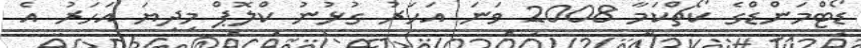
ޑޯޓްމަންޑްގެ ކޯޗްކަމާ 2008 ވަނަ އަހަރު ގުޅުނު ކްލޮޕް މިދިޔަ އަހަރު އެ